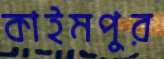
কাইমপুর